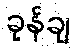
ခုန်ချ